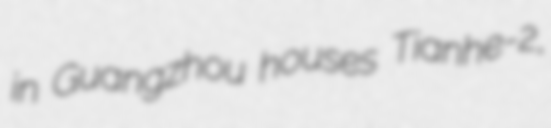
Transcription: in Guangzhou houses Tianhe-2,